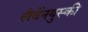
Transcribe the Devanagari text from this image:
लैवेंनयुस्की